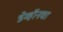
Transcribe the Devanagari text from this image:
डेव्हॉनचा